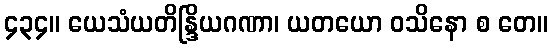
၄၃၄။ ယေသံယတိန္ဒြိယဂဏာ၊ ယတယော ဝသိနော စ တေ။